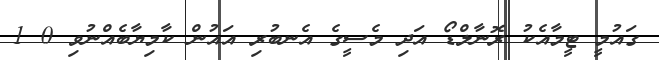
ގައުމީ ޓީމާއެކު ރޮނާލްޑޯ އަދި މެސީގެ އެނބުރި އައުން ކާމިޔާބެއްނުވި 0 1